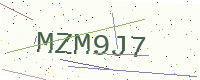
Text: MZM9J7